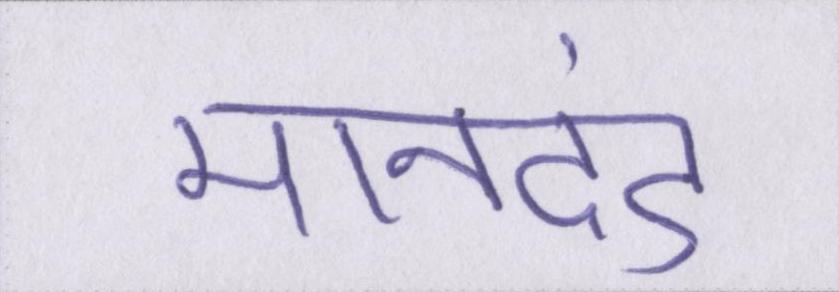
मानदंड